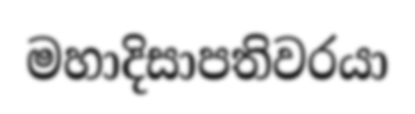
මහාදිසාපතිවරයා